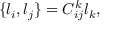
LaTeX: \{ l _ { i } , l _ { j } \} = C _ { i j } ^ { k } l _ { k } ,